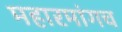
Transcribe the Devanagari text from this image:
महारमांगच